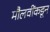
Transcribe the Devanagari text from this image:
मौलवींकडून